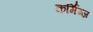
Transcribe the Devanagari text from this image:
कर्मिग्ज़